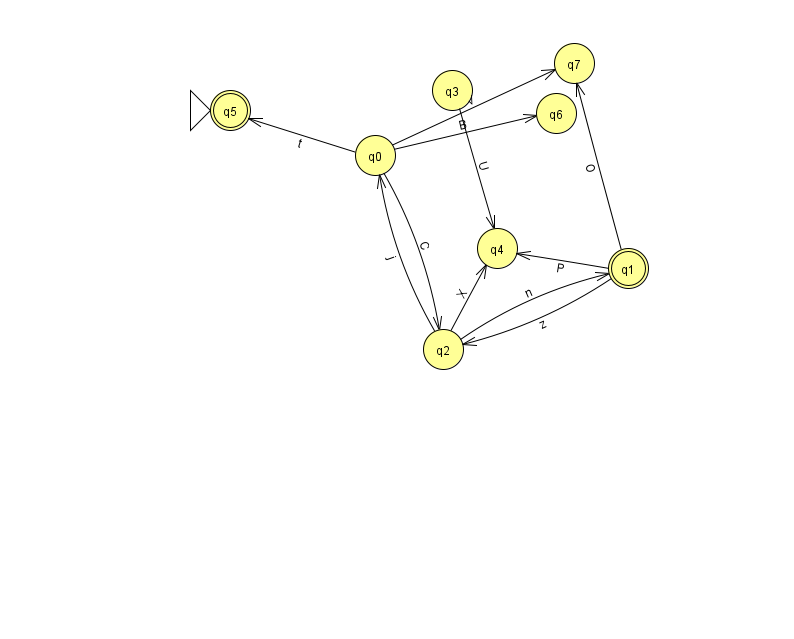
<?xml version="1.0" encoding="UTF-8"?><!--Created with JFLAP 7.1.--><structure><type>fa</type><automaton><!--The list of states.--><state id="0" name="q0"><x>375.0</x><y>142.0</y></state><state id="1" name="q1"><x>628.0</x><y>255.0</y><final/></state><state id="2" name="q2"><x>443.0</x><y>336.0</y></state><state id="3" name="q3"><x>452.0</x><y>77.0</y></state><state id="4" name="q4"><x>497.0</x><y>235.0</y></state><state id="5" name="q5"><x>230.0</x><y>97.0</y><initial/><final/></state><state id="6" name="q6"><x>556.0</x><y>100.0</y></state><state id="7" name="q7"><x>574.0</x><y>50.0</y></state><!--The list of transitions.--><transition><from>0</from><to>7</to><read>V</read></transition><transition><from>2</from><to>1</to><read>n</read></transition><transition><from>0</from><to>5</to><read>t</read></transition><transition><from>1</from><to>2</to><read>z</read></transition><transition><from>3</from><to>4</to><read>U</read></transition><transition><from>2</from><to>0</to><read>j</read></transition><transition><from>2</from><to>4</to><read>X</read></transition><transition><from>1</from><to>7</to><read>O</read></transition><transition><from>0</from><to>6</to><read>B</read></transition><transition><from>0</from><to>2</to><read>C</read></transition><transition><from>1</from><to>4</to><read>P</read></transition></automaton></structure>